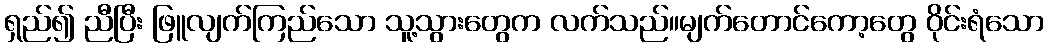
ရှည်၍ ညီပြီး ဖြူလျက်ကြည်သော သူ့သွားတွေက လက်သည်။မျက်တောင်ကော့တွေ ဝိုင်းရံသော